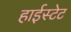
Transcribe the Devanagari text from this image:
हाईस्टेट